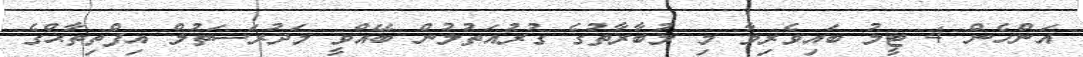
އަންހެން 4 ޓީމު ބައިވެރިވާ މި މުބާރާތުގެ ގުރުއަތުލުން ބޭއްވީ މަދުރަސަތުލް އިފްތިތާޙްގެ